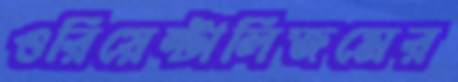
ওরিয়েন্টালিজমের